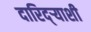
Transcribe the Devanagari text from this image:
दारिद्ऱ्याशी